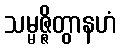
သမ္မဇ္ဇိတွာနဟံ